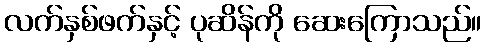
လက်နှစ်ဖက်နှင့် ပုဆိန်ကို ဆေးကြောသည်။